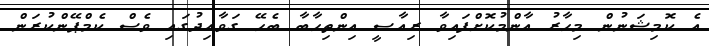
އެ ކޮމިޝަނުން މިހާރު އާންމުކޮށްފައިވާ ރިއާސީ އިންތިހާބާ ބެހޭ ގަވާއިދުގައި ވެސް ކެމްޕޭންކުރަން